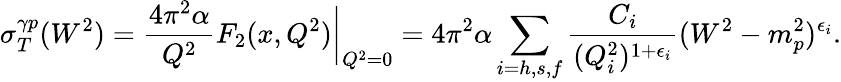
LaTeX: \sigma_{T}^{\gamma p}(W^{2})=\frac{4\pi^{2}\alpha}{Q^{2}}F_{2}(x,Q^{2})\bigg|_{Q^{2}=0}=4\pi^{2}\alpha\sum_{i=h,s,f}\frac{C_{i}}{(Q_{i}^{2})^{1+\epsilon_{i}}}(W^{2}-m_{p}^{2})^{\epsilon_{i}}.